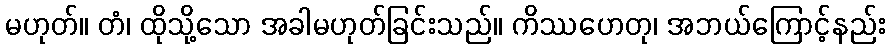
မဟုတ်။ တံ၊ ထိုသို့သော အခါမဟုတ်ခြင်းသည်။ ကိဿဟေတု၊ အဘယ်ကြောင့်နည်း